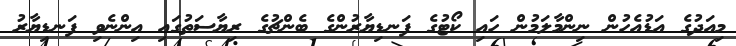
މިއަދުގެ އަޑުއެހުން ނިންމާލަމުން ހައި ކޯޓުގެ ފަނޑިޔާރުންގެ ބެންޗުގެ ރިޔާސަތުގައި އިންނެވި ފަނޑިޔާރު